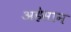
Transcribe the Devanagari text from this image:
अहेसान